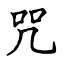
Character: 咒